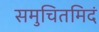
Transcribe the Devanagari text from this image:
समुचितमिदं